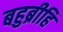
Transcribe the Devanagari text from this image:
बहुब्रीहि